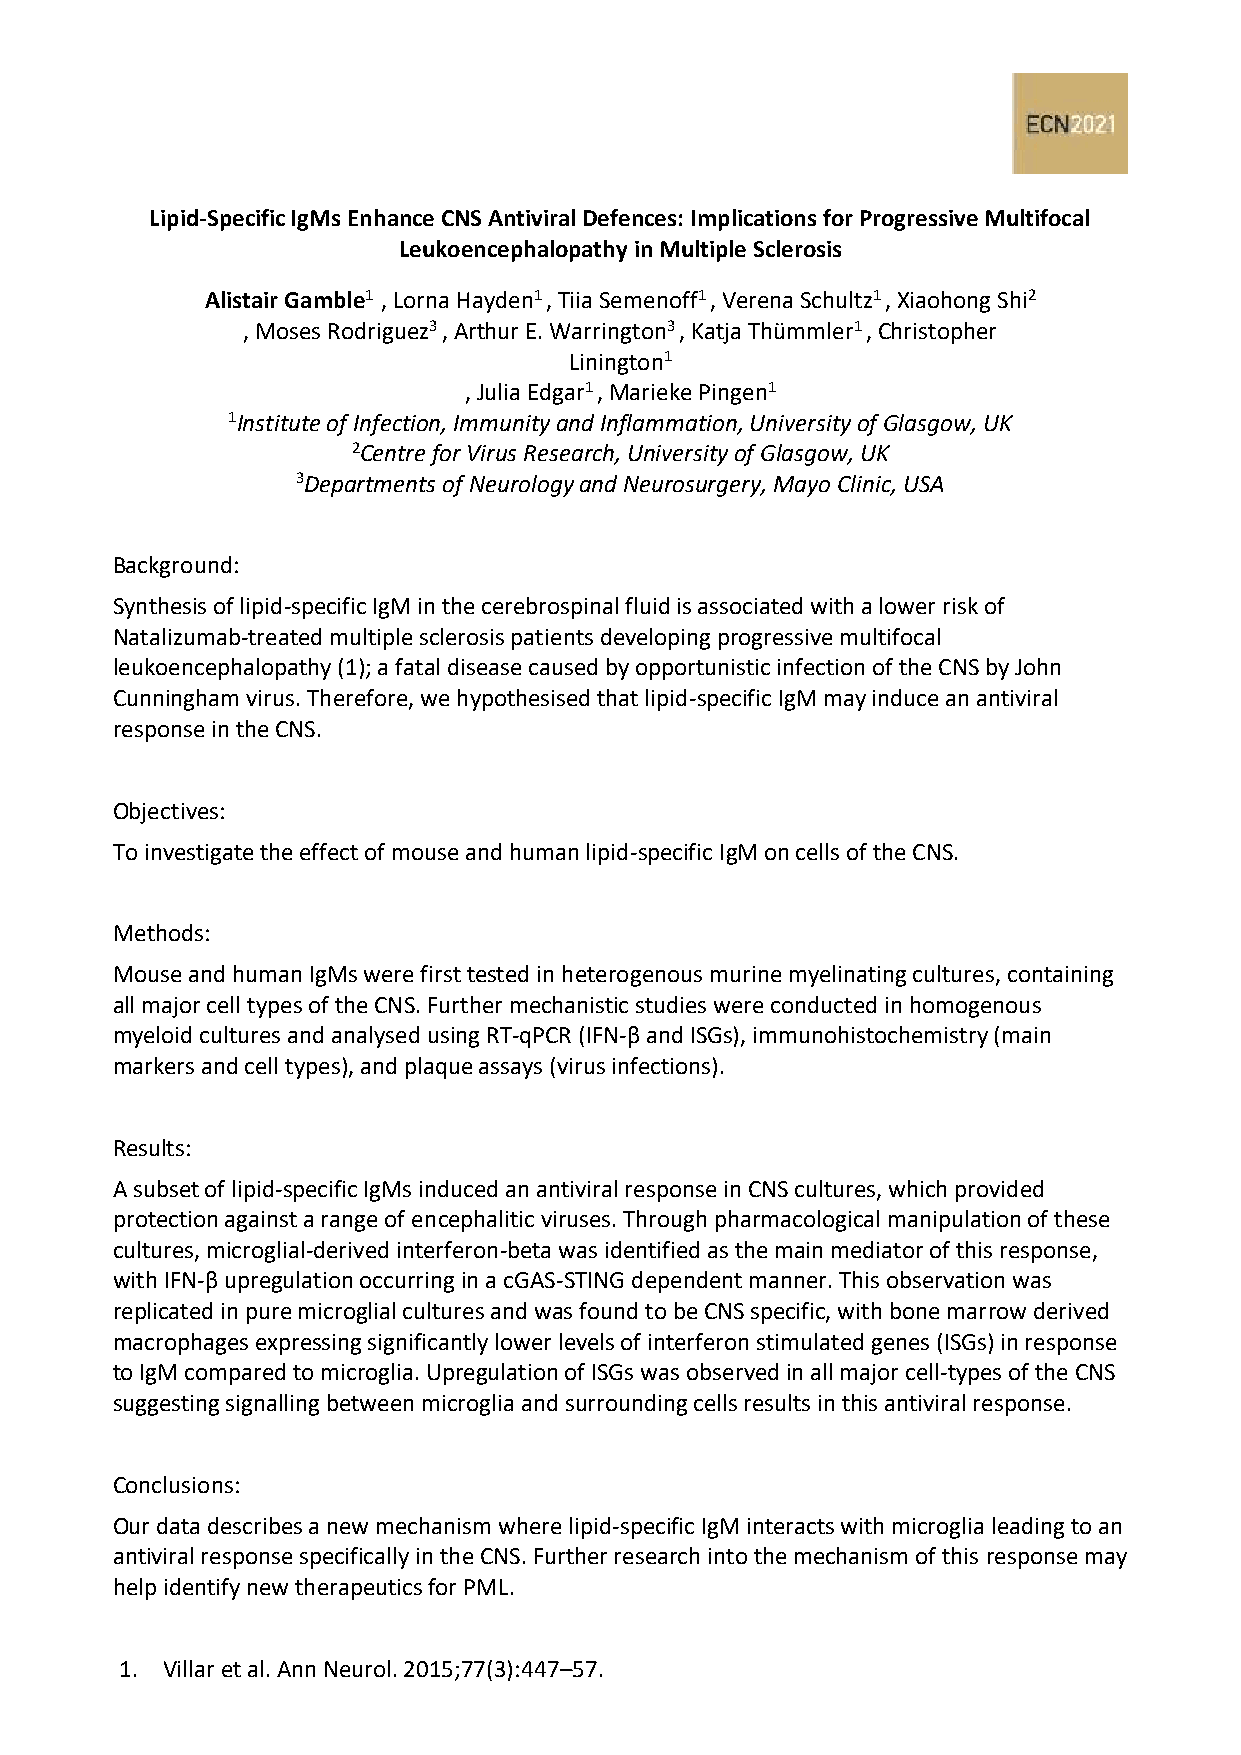
Lipid-Specific IgMs Enhance CNS Antiviral Defences: Implications for Progressive Multifocal
 Leukoencephalopathy in Multiple Sclerosis
 Alistair Gamble1 , Lorna Hayden1 , Tiia Semenoff1 , Verena Schultz1 , Xiaohong Shi2
 , Moses Rodriguez3 , Arthur E. Warrington3 , Katja Thümmler1 , Christopher
 Linington1
 , Julia Edgar1 , Marieke Pingen1
 1Institute of Infection, Immunity and Inflammation, University of Glasgow, UK
 2Centre for Virus Research, University of Glasgow, UK
 3Departments of Neurology and Neurosurgery, Mayo Clinic, USA
 Background:
 Synthesis of lipid-specific IgM in the cerebrospinal fluid is associated with a lower risk of
 Natalizumab-treated multiple sclerosis patients developing progressive multifocal
 leukoencephalopathy (1); a fatal disease caused by opportunistic infection of the CNS by John
 Cunningham virus. Therefore, we hypothesised that lipid-specific IgM may induce an antiviral
 response in the CNS.
 Objectives:
 To investigate the effect of mouse and human lipid-specific IgM on cells of the CNS.
 Methods:
 Mouse and human IgMs were first tested in heterogenous murine myelinating cultures, containing
 all major cell types of the CNS. Further mechanistic studies were conducted in homogenous
 myeloid cultures and analysed using RT-qPCR (IFN-β and ISGs), immunohistochemistry (main
 markers and cell types), and plaque assays (virus infections).
 Results:
 A subset of lipid-specific IgMs induced an antiviral response in CNS cultures, which provided
 protection against a range of encephalitic viruses. Through pharmacological manipulation of these
 cultures, microglial-derived interferon-beta was identified as the main mediator of this response,
 with IFN-β upregulation occurring in a cGAS-STING dependent manner. This observation was
 replicated in pure microglial cultures and was found to be CNS specific, with bone marrow derived
 macrophages expressing significantly lower levels of interferon stimulated genes (ISGs) in response
 to IgM compared to microglia. Upregulation of ISGs was observed in all major cell-types of the CNS
 suggesting signalling between microglia and surrounding cells results in this antiviral response.
 Conclusions:
 Our data describes a new mechanism where lipid-specific IgM interacts with microglia leading to an
 antiviral response specifically in the CNS. Further research into the mechanism of this response may
 help identify new therapeutics for PML.
 1. Villar et al. Ann Neurol. 2015;77(3):447–57.